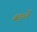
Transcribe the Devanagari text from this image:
बड़ानें